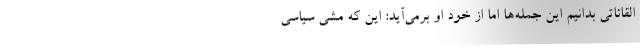
القائاتی بدانیم این جمله‌ها اما از خود او برمی‌آید: این که مشی سیاسی